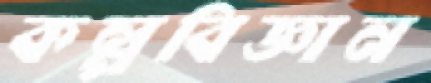
কল্পবিজ্ঞান